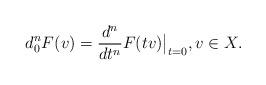
LaTeX: \begin{align*} d_0^nF (v)=\frac{d^n}{dt^n} F(tv)\big|_{t=0},v\in X. \end{align*}